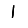
Digit: 1